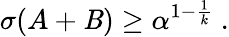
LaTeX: \sigma(A+\mathit{B})\geq\alpha^{1-{\frac{{1}}{{k}}}}\ .